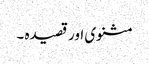
مثنوی اور قصیدہ ۔